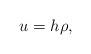
LaTeX: \begin{align*}u = h\rho,\end{align*}